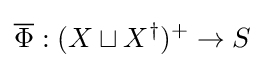
{\overline {\Phi }}:(X\sqcup X^{\dagger })^{+}\rightarrow S